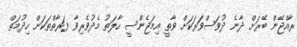
ރާއްޖޭން ބޭރަށް ދާނެ ދުވަސްވަރަކަށް ވާތީ އިމަޖެންސީ ހާލަތު މެދުވެރިވާ ފަރާތްތަކަށް ހިދުމަތް